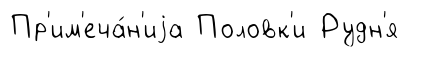
Пр'им'еча́н'иjа Половк'и Рудн'я